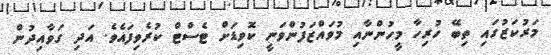
މަރުކަޒުގައި ތިބޭ ހުރިހާ މީހުންނާއި މުވައްޒަފުންވަނީ ކޮވިޑަށް ޓެސްޓް ކުރެވިފައެވެ. އަދި ގަވާއިދުން